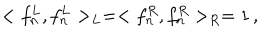
< f _ { n } ^ { L } , f _ { n } ^ { L } > _ { L } = < f _ { n } ^ { R } , f _ { n } ^ { R } > _ { R } = 1 \, ,